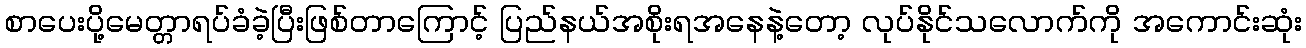
စာပေးပို့မေတ္တာရပ်ခံခဲ့ပြီးဖြစ်တာကြောင့် ပြည်နယ်အစိုးရအနေနဲ့တော့ လုပ်နိုင်သလောက်ကို အကောင်းဆုံး